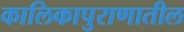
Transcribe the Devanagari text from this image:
कालिकापुराणातील